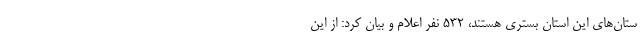
ستان‌های این استان بستری هستند، ۵۳۲ نفر اعلام و بیان کرد: از این